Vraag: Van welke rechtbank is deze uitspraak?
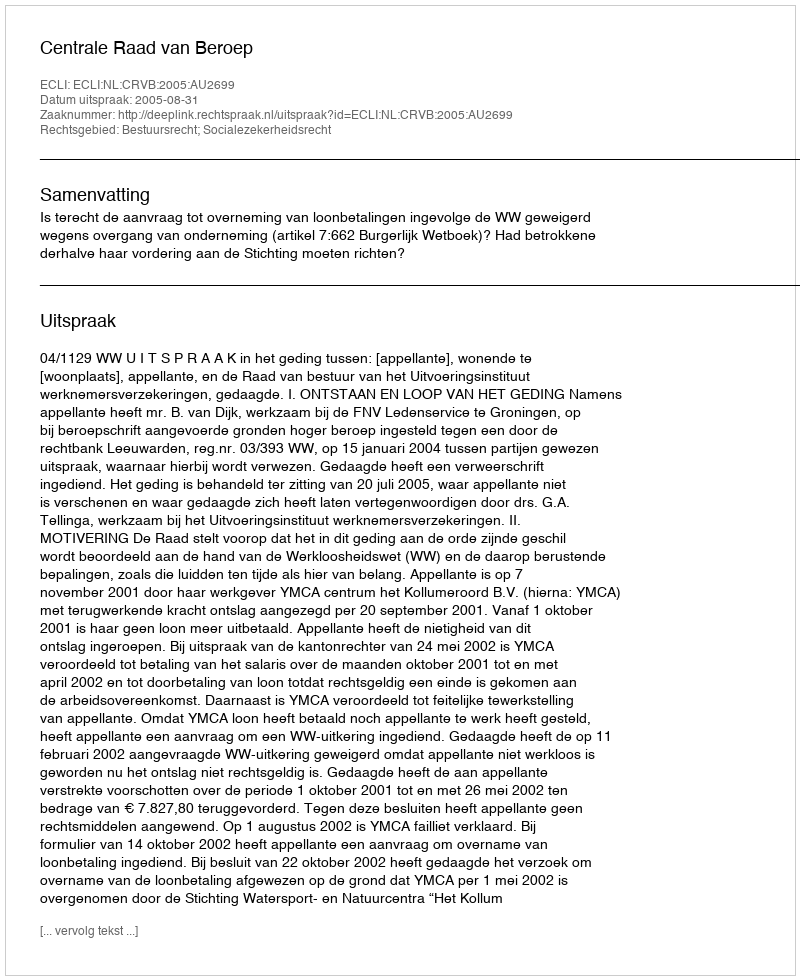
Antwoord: Centrale Raad van Beroep